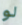
لو